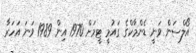
އޯލްސަން ވަނީ ޑެންމާކްގެ ގައުމީ ޓީމަށް 1970 އިން 1989 ވަނަ އަހަރާ